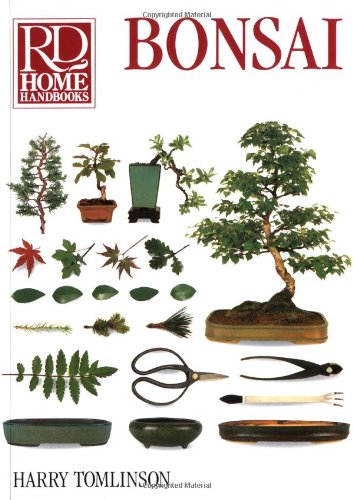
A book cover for Bonsai (RD Home Handbooks); Harry Tomlinson; Crafts, Hobbies & Home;